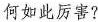
何如此厉害?